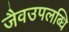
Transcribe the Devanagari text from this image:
जैवउपलब्धि